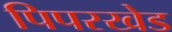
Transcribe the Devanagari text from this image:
पिपरखेड